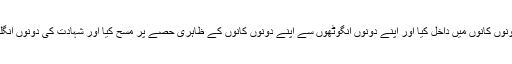
پھر سر کا مسح کیا اور شہادت کی دونوں انگلیوں کو اپنے دونوں کانوں میں داخل کیا اور اپنے دونوں انگوٹھوں سے اپنے دونوں کانوں کے ظاہری حصے پر مسح کیا اور شہادت کی دونوں انگلیوں سے اپنے دونوں کانوں کے اندرونی حصے کا مسح کیا۔